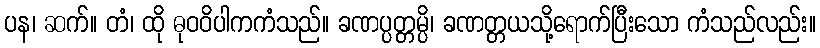
ပန၊ ဆက်။ တံ၊ ထို ဓုဝဝိပါကကံသည်။ ခဏပ္ပတ္တမ္ပိ၊ ခဏတ္တယသို့ရောက်ပြီးသော ကံသည်လည်း။